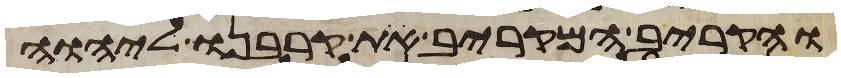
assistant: והקריב המקריב את קרבנו ליהוה